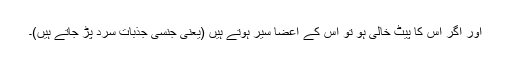
اور اگر اس کا پیٹ خالی ہو تو اس کے اعضا سیر ہوتے ہیں (یعنی جنسی جذبات سرد پڑ جاتے ہیں)۔